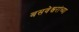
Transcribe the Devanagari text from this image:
बसवेश्वरांच्या